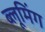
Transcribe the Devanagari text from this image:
ब्लूमिंग